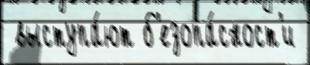
 выступа́ют б'езопа́сност'и